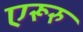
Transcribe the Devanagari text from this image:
एरूरु